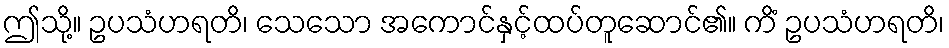
ဤသို့။ ဥပသံဟရတိ၊ သေသော အကောင်နှင့်ထပ်တူဆောင်၏။ ကိံ ဥပသံဟရတိ၊